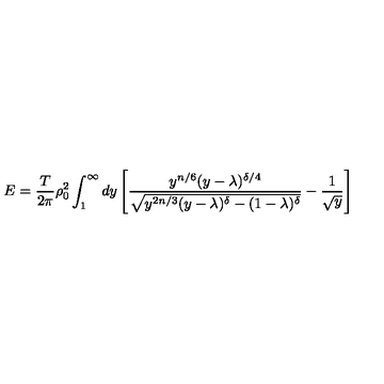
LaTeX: E = { \frac { T } { 2 \pi } } \rho _ { 0 } ^ { 2 } \int _ { 1 } ^ { \infty } d y \left[ { \frac { y ^ { n / 6 } ( y - \lambda ) ^ { \delta / 4 } } { \sqrt { y ^ { 2 n / 3 } ( y - \lambda ) ^ { \delta } - ( 1 - \lambda ) ^ { \delta } } } } - { \frac { 1 } { \sqrt { y } } } \right]